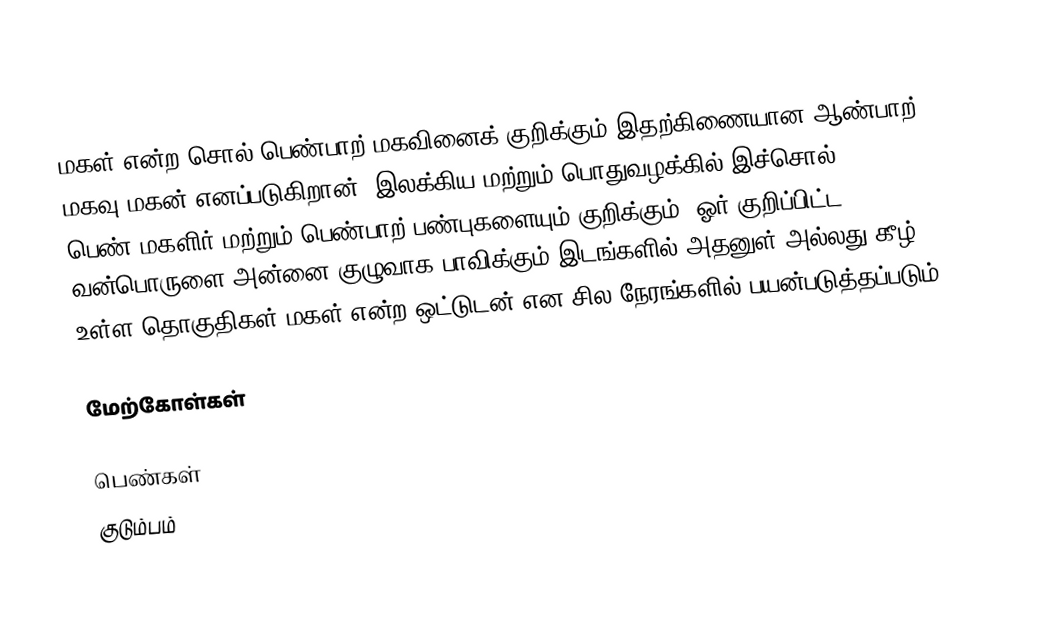
மகள் என்ற சொல் பெண்பாற் மகவினைக் குறிக்கும்.இதற்கிணையான ஆண்பாற் மகவு மகன் எனப்படுகிறான். இலக்கிய மற்றும் பொதுவழக்கில் இச்சொல் பெண்,மகளிர் மற்றும் பெண்பாற் பண்புகளையும் குறிக்கும். ஓர் குறிப்பிட்ட வன்பொருளை அன்னை குழுவாக பாவிக்கும் இடங்களில் அதனுள் அல்லது கீழ் உள்ள தொகுதிகள் மகள் என்ற ஒட்டுடன் என சில நேரங்களில் பயன்படுத்தப்படும்.

மேற்கோள்கள்

பெண்கள்
குடும்பம்